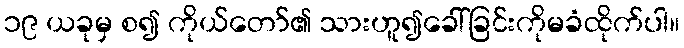
၁၉ ယခုမှ စ၍ ကိုယ်တော်၏ သားဟူ၍ခေါ်ခြင်းကိုမခံထိုက်ပါ။